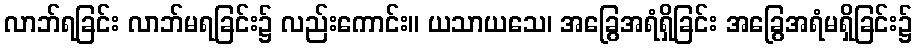
လာဘ်ရခြင်း လာဘ်မရခြင်း၌ လည်းကောင်း။ ယသာယသေ၊ အခြွေအရံရှိခြင်း အခြွေအရံမရှိခြင်း၌